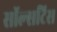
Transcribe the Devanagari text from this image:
सॉल्सटिस